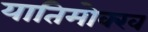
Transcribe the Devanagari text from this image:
यातिमोक्ख